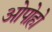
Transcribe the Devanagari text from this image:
ओपोहो